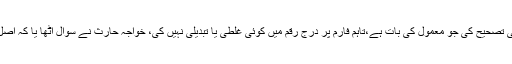
گواہ نے کہاکہ اصل دستاویز میں غلطی کی تصحیح کی جو معمول کی بات ہے،تاہم فارم پر درج رقم میں کوئی غلطی یا تبدیلی نہیں کی، خواجہ حارث نے سوال اٹھا یا کہ اصل دستاویز میں لاہور لکھا تھا یا اسلام آباد ؟